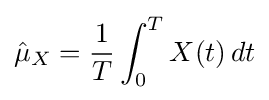
{\hat {\mu }}_{X}={\frac {1}{T}}\int _{0}^{T}X(t)\,dt